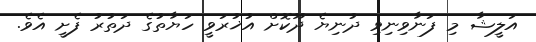
އަލީޝާ މި ފަނާވިނިވި ދުނިޔެ ދޫކޮށް އުޚުރަވީ ހަޔާތުގެ ދަތުރު ފެށީ އެވެ.